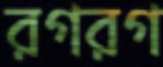
রগরগ